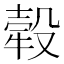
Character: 𤚲